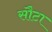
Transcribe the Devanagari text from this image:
सौटा